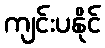
ကျင်းပနိုင်